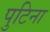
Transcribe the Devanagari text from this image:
पुटिना